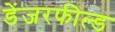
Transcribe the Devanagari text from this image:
डेंजरफील्ड